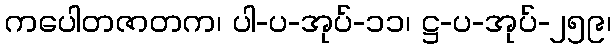
ကပေါတဇာတက၊ ပါ-ပ-အုပ်-၁၁၊ ဋ္ဌ-ပ-အုပ်-၂၅၉၊